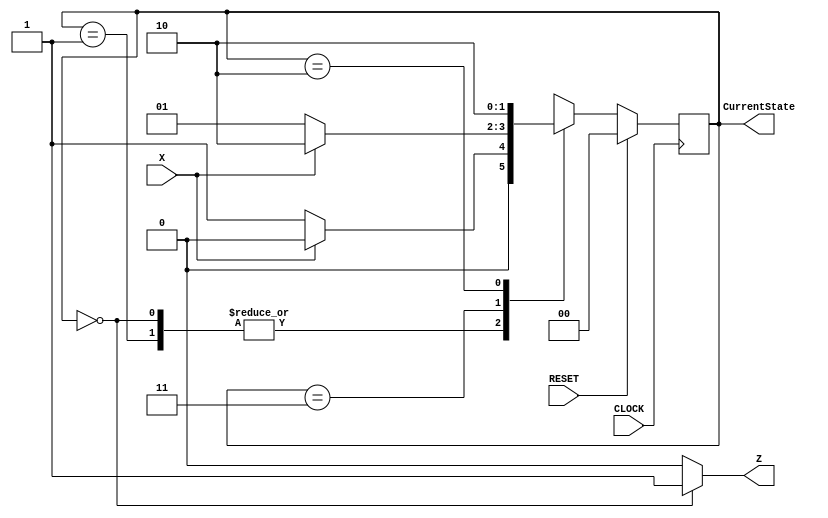
module p2hw3latches2015fall(X, Z, RESET, CLOCK, CurrentState);

	input	X, RESET, CLOCK;
	output reg Z;


	// State variables
	output reg [1:0] CurrentState;
	reg [1:0] NextState;


	// State codes
	parameter	State0 = 0, State1 = 1, State2 = 2, State3 = 3;

	// Output logic
	always @ (CurrentState)
		if(CurrentState==State0) Z<=1;
		else if (CurrentState==State3) Z<=0;
		else Z<=0;
	
	// State registers
	always @ (posedge CLOCK)
		if (RESET==1) CurrentState <= State0; else CurrentState <= NextState;	
	//next state logic
	always@(CurrentState or X) 
		case (CurrentState)
		State0: if (X==0) NextState <= State1; else NextState <= State0;
		State1: if (X==0) NextState <= State1; else NextState <= State0;
		State3: if (X==0) NextState <= State1; else NextState <= State2;
		State2: NextState <= State2;
		endcase
endmodule